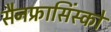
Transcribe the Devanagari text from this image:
सैनफ्रासिंस्को